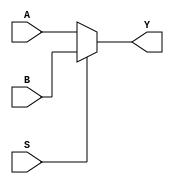
module two_x_one_mux(A,B,S,Y);
input A,B,S;
output Y;

assign Y= (S==1) ? B: A;


endmodule



module four_x_one_mux(data_inputs,select,mux_out);

input [3:0]data_inputs;
input [1:0]select;
output mux_out;
wire [1:0] w;

two_x_one_mux mux1(.A(data_inputs[0]),.B(data_inputs[1]),.S(select[0]),.Y(w[0]));
two_x_one_mux mux2(.A(data_inputs[2]),.B(data_inputs[3]),.S(select[0]),.Y(w[1]));

two_x_one_mux finl_mux(.A(w[0]),.B (w[1]),.S(select[1]),.Y (mux_out));



endmodule